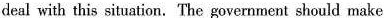
deal with this situation. The government should make